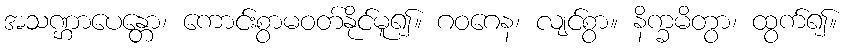
အသဏ္ဌာပေန္တော၊ ကောင်းစွာမဝတ်နိုင်မူ၍။ ဂဝဂေန၊ လျင်စွာ။ နိက္ခမိတွာ၊ ထွက်၍။